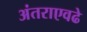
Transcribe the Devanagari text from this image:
अंतराएवढे